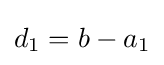
d_{1}=b-a_{1}